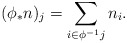
\begin{align*}(\phi_*n)_j =\sum_{i\in\phi^{-1}j}n_i.\end{align*}